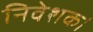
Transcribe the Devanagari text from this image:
निवेशक।